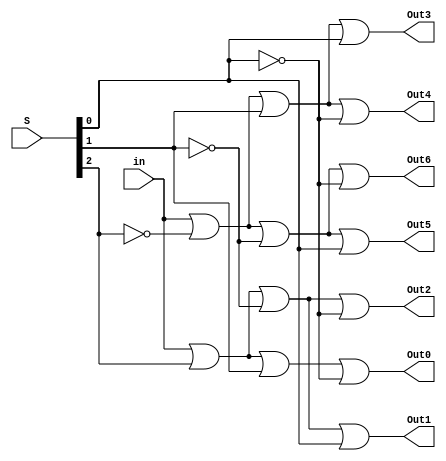
// Declaracao do modulo do Demultiplexador de 7 saidas e 1 entrada com seletor de 3 bits
module demux_1x7 (in, S, Out0, Out1, Out2, Out3, Out4, Out5, Out6);

	 // Declaracao de portas
    input in;           // Entrada nica
    input [2:0] S;      // Seletor de 3 bits
    output Out0, Out1, Out2, Out3, Out4, Out5, Out6;  // 7 sadas

    // Declarao de fios para os complementos do seletor
    wire notS0, notS1, notS2;

    // Inversores para os bits do seletor
    not (notS0, S[0]);
    not (notS1, S[1]);
    not (notS2, S[2]);
	 
	 // Decodificador para cada sada do demux 1x7 usando portas "OR" para saida de valor logico BAIXO
    or (Out0, in, S[2], S[1], notS0);       // S == 001 
    or (Out1, in, S[2], notS1, S[0]);       // S == 010
    or (Out2, in, S[2], notS1, notS0);      // S == 011
    or (Out3, in, notS2, S[1], S[0]);       // S == 100
    or (Out4, in, notS2, S[1], notS0);      // S == 101
    or (Out5, in, notS2, notS1, S[0]);     // S == 110
    or (Out6, in, notS2, notS1, notS0);    // S == 111
	 

endmodule